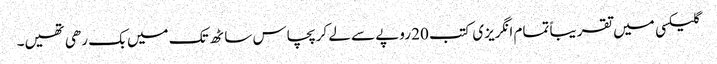
گلیکسی میں تقریباً تمام انگریزی کتب 20 روپے سے لے کر پچاس ساٹھ تک میں بک رھی تھیں۔